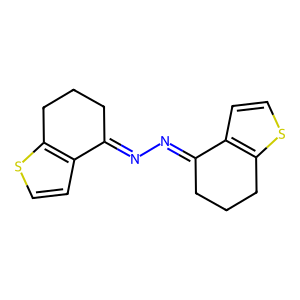
SMILES: c1cc2c(s1)CCCC2=NN=C1CCCc2sccc21
Inhibits HIV replication: No